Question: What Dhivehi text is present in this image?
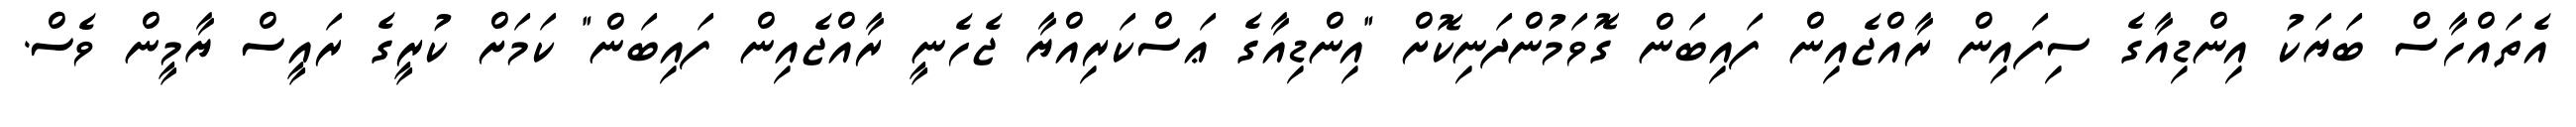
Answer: އެތައްހާސް ބަޔަކު އިންޑިއާގެ ސިފައިން ރާއްޖެއިން ފައިބަން ގޮވަމުންދަނިކޮށް "އިންޑިއާގެ ޢަސްކަރިއްޔާ ޖެހެނީ ރާއްޖެއިން ފައިބަން" ކަމަށް ކުރީގެ ރައީސް ޔާމީން ވެސް.